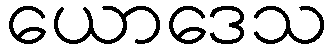
ယောဒေသ